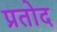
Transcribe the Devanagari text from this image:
प्रतोद